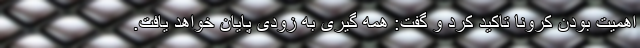
اهمیت بودن کرونا تاکید کرد و گفت: همه گیری به زودی پایان خواهد یافت.